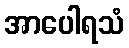
အာပေါရသံ